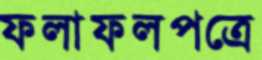
ফলাফলপত্রে